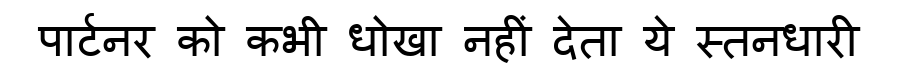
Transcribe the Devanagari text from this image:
पार्टनर को कभी धोखा नहीं देता ये स्तनधारी